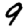
Digit: 9